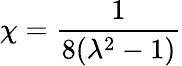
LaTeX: \chi=\frac{1}{8(\lambda^{2}-1)}